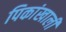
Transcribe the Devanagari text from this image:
पिकांखाली